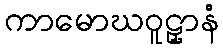
ကာမောဃဝူဠှာနံ